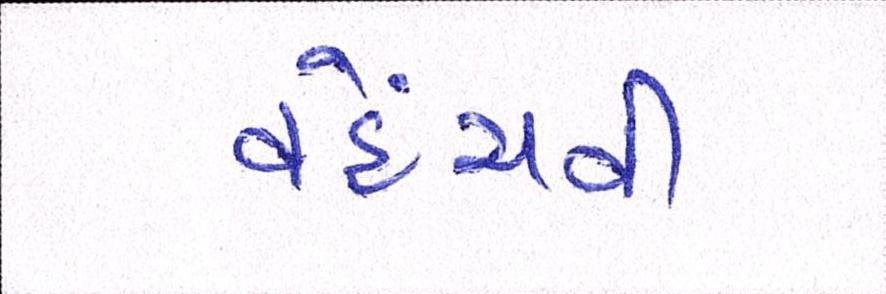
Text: વહેંચવી